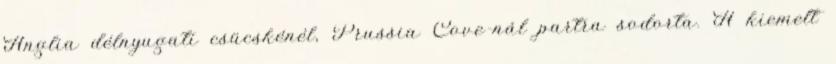
Anglia délnyugati csücskénél, Prussia Cove-nál partra sodorta. A kiemelt